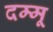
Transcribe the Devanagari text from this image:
दम्मू